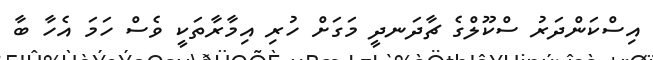
އިސްކަންދަރު ސްކޫލްގެ ޗާދަނދީ މަގަށް ހުރި އިމާރާތަކީ ވެސް ހަމަ އެހާ ބާ